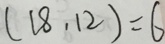
( 1 8 , 1 2 ) = 6